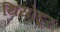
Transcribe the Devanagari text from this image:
थियोडूर